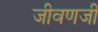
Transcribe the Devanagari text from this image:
जीवणजी